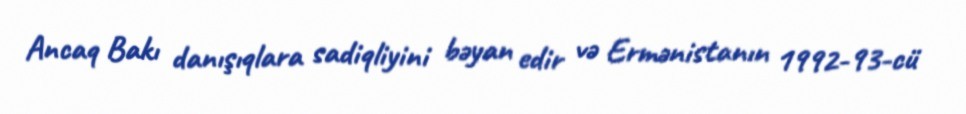
Ancaq Bakı danışıqlara sadiqliyini bəyan edir və Ermənistanın 1992-93-cü